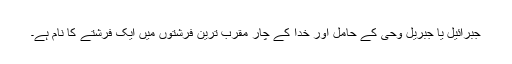
جبرائیل یا جبریل وحی کے حامل اور خدا کے چار مقرب ترین فرشتوں میں ایک فرشتے کا نام ہے۔